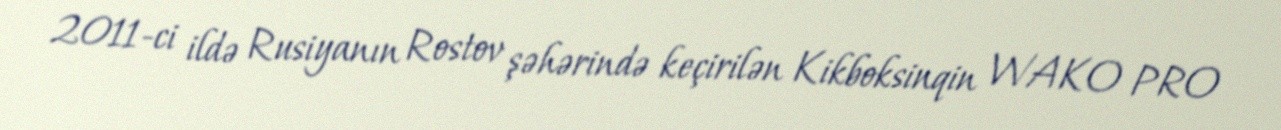
2011-ci ildə Rusiyanın Rostov şəhərində keçirilən Kikboksinqin WAKO PRO